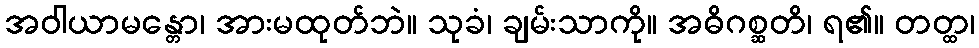
အဝါယာမန္တော၊ အားမထုတ်ဘဲ။ သုခံ၊ ချမ်းသာကို။ အဓိဂစ္ဆတိ၊ ရ၏။ တတ္ထ၊